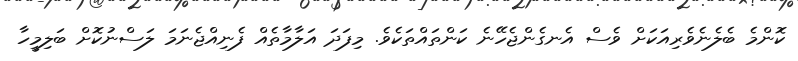
ކޮންމެ ބެލެނެވެރިއަކަށް ވެސް އެނގެންޖެހޭނެ ކަންތައްތަކެވެ. މިފަދަ އަލާމާތެއް ފެނިއްޖެނަމަ ލަސްނުކޮށް ބަލިމީހާ